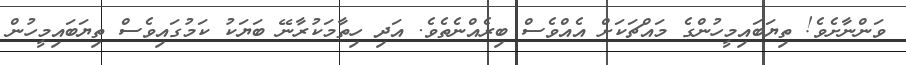
ވަންނާށެވެ! ތިޔަބައިމީހުންގެ މައްޗަކަށް އެއްވެސް ބިރެއްނެތެވެ. އަދި ހިތާމަކުރާނޭ ބަޔަކު ކަމުގައިވެސް ތިޔަބައިމީހުން